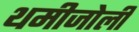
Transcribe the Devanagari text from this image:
थमीजोली